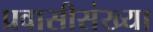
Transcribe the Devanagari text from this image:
प्रवासीसंख्या